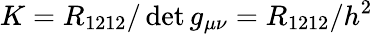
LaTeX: K=R_{1212}/\operatorname*{det}g_{\mu\nu}=R_{1212}/h^{2}